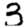
Digit: 3